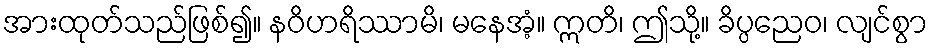
အားထုတ်သည်ဖြစ်၍။ နဝိဟရိဿာမိ၊ မနေအံ့။ ဣတိ၊ ဤသို့။ ခိပ္ပညေဝ၊ လျင်စွာ